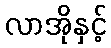
လာအိုနှင့်